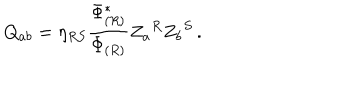
LaTeX: Q _ { a b } = \eta _ { R S } { \frac { \Phi _ { ( R ) } ^ { * } } { \Phi _ { ( R ) } } } Z _ { a } { } ^ { R } Z _ { b } { } ^ { S } \, .